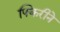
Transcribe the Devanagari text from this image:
फ्किरीने